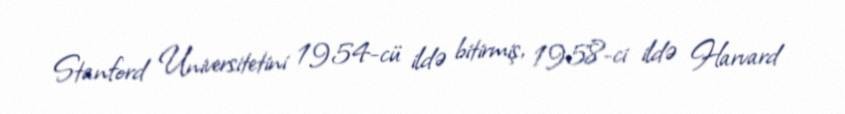
Stanford Universitetini 1954-cü ildə bitirmiş, 1958-ci ildə Harvard